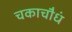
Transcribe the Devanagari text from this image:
चकाचौधं